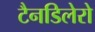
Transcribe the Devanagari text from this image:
टैनडिलेरो